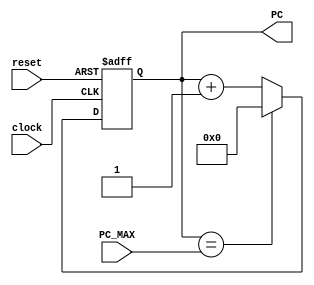
module program_counter(input clock,input reset,input[31:0] PC_MAX,output reg [31:0] PC = 0);

always @ ( posedge clock  or  negedge reset) begin
if ( ! reset ) PC <= 0 ;
 else begin
 PC <= PC + 1 ;
 if ( PC == PC_MAX) PC <= 0 ;
 end
 end
 endmodule